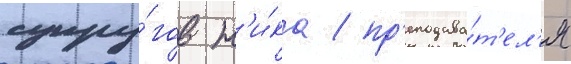
супру́гов н'и́ка / пр'еподава́т'ел'я